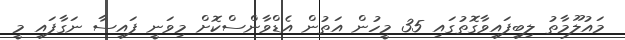
މައުލޫމާތު ލިބިފައިވާގޮތުގައި 35 މީހުން އަތުން އެޑްވާންސްކޮށް މިވަނީ ފައިސާ ނަގާފައި މީ